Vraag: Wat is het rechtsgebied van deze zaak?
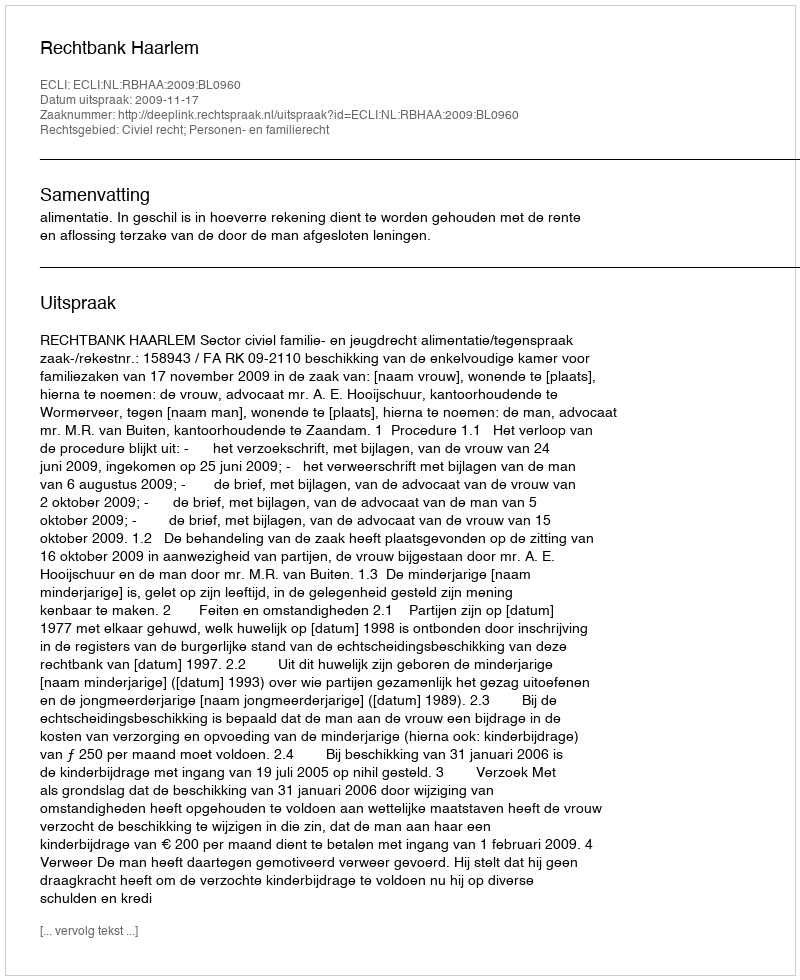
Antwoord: Civiel recht; Personen- en familierecht